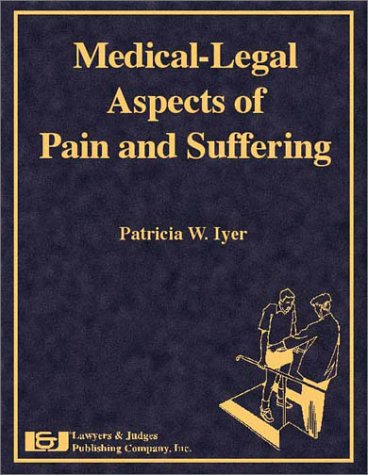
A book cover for Medical-Legal Aspects of Pain and Suffering; Patricia W. Iyer; Law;